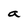
Character: a